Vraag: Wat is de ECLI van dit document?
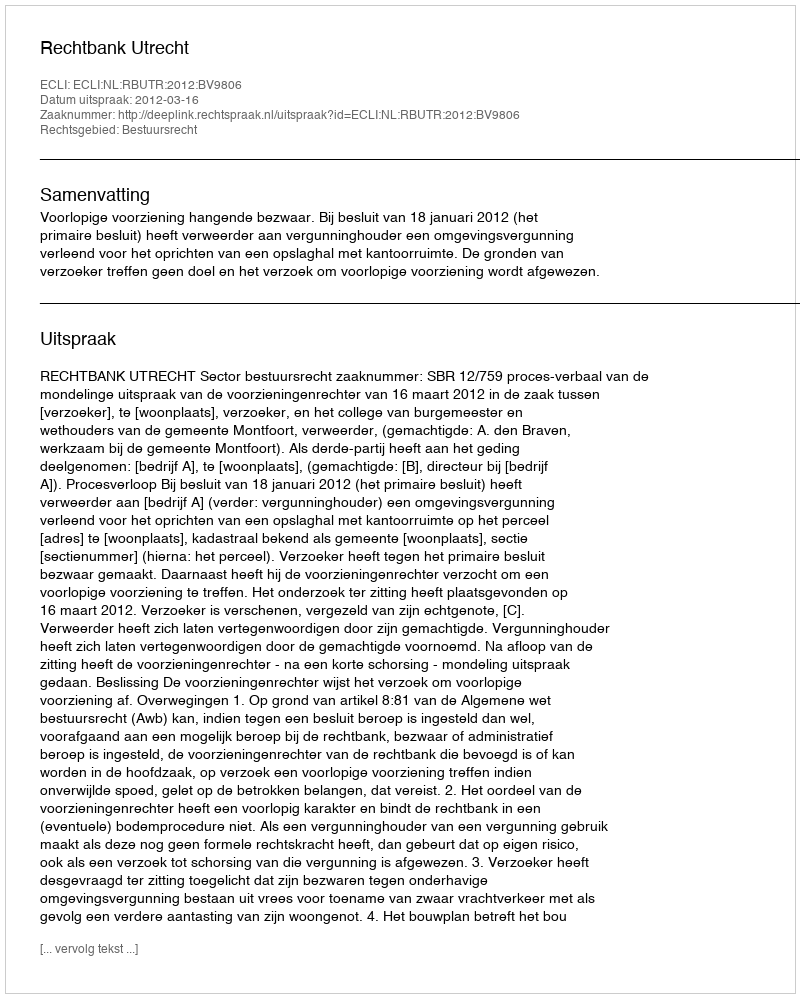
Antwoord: ECLI:NL:RBUTR:2012:BV9806